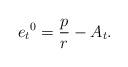
LaTeX: \begin{align*}{e_t}^0= \frac p r - A_t.\end{align*}